Scientific memoirs by medical officers of the Army of India - Part VIII,
Year: 1894
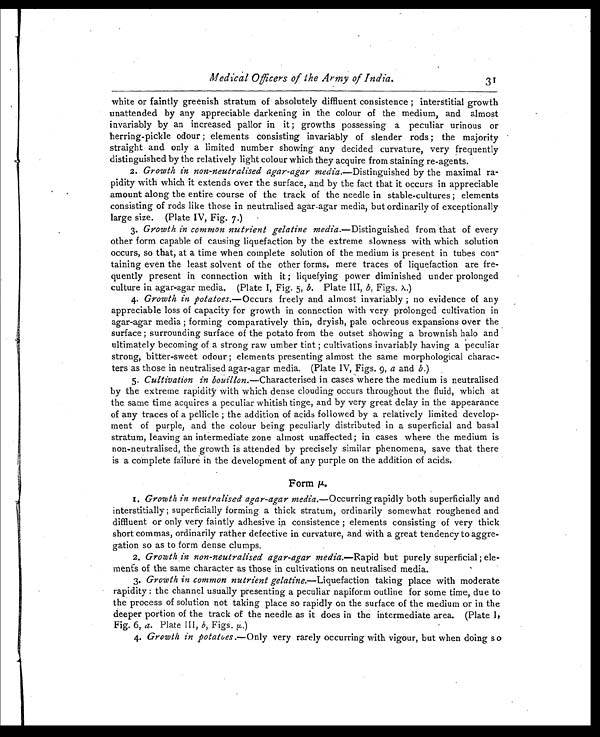
Medical Officers of the Army of India.
3 1
white or faintly greenish stratum of absolutely diffluent consistence ; interstitial growth
unattended by any appreciable darkening in the colour of the medium, and almost
invariably by an increased pallor in it ; growths possessing a peculiar urinous or
herring-pickle odour ; elements consisting invariably of slender rods ; the majority
straight and only a limited number showing any decided curvature, very frequently
distinguished by the relatively light colour which they acquire from staining re-agents.
2. Growth in non-neutralised agar-agar media. —Distinguished by the maximal ra-
pidity with which it extends over the surface, and by the fact that it occurs in appreciable
amount along the entire course of the track of the needle in stable-cultures ; elements
consisting of rods like those in neutralised agar-agar media, but ordinarily of exceptionally
large size. (Plate IV, Fig. 7.)
3. Growth in common nutrient gelatine media. —Distinguished from that of every
other form capable of causing liquefaction by the extreme slowness with which solution
occurs, so that, at a time when complete solution of the medium is present in tubes con-
taining even the least solvent of the other forms, mere traces of liquefaction are fre-
quently present in connection with it ; liquefying power diminished under prolonged
culture in agar-agar media. (Plate 1, Fig. 5, b . Plate III, b , Figs. λ .)
4. Growth in potatoes.—Occurs freely and almost invariably ; no evidence of any
appreciable loss of capacity for growth in connection with very prolonged cultivation in
agar-agar media ; forming comparatively thin, dryish, pale ochreous expansions over the
surface ; surrounding surface of the potato from the outset showing a brownish halo and
ultimately becoming of a strong raw umber tint ; cultivations invariably having a peculiar
strong, bitter-sweet odour ; elements presenting almost the same morphological charac-
ters as those in neutralised agar-agar media. (Plate IV, Figs. 9, a and b .)
5. Cultivation in bouillon. —Characterised in cases where the medium is neutralised
by the extreme rapidity with which dense clouding occurs throughout the fluid, which at
the same time acquires a peculiar whitish tinge, and by very great delay in the appearance
of any traces of a pellicle ; the addition of acids followed by a relatively limited develop-
ment of purple, and the colour being peculiarly distributed in a superficial and basal
stratum, leaving an intermediate zone almost unaffected ; in cases where the medium is
non-neutralised, the growth is attended by precisely similar phenomena, save that there
is a complete failure in the development of any purple on the addition of acids.
Form µ.
1. Growth in neutralised agar-agar media.—Occurring rapidly both superficially and
interstitially ; superficially forming a thick stratum, ordinarily somewhat roughened and
diffluent or only very faintly adhesive in consistence ; elements consisting of very thick
short commas, ordinarily rather defective in curvature, and with a great tendency to aggre-
gation so as to form dense clumps.
2. Growth in non-neutralised agar-agar media. —Rapid but purely superficial ; ele-
ments of the same character as those in cultivations on neutralised media.
3. Growth in common nutrient gelatine.—Liquefaction taking place with moderate
rapidity : the channel usually presenting a peculiar napiform outline for some time, due to
the process of solution not taking place so rapidly on the surface of the medium or in the
deeper portion of the track of the needle as it does in the intermediate area. (Plate I,
Fig. 6, a . Plate III, b, Figs. µ.)
4. Growth in potatoes.— Only very rarely occurring with vigour, but when doing so